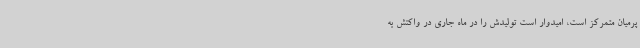
پرمیان متمرکز است، امیدوار است تولیدش را در ماه جاری در واکنش به